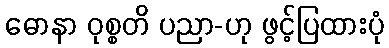
ဓောနာ ဝုစ္စတိ ပညာ-ဟု ဖွင့်ပြထားပုံ